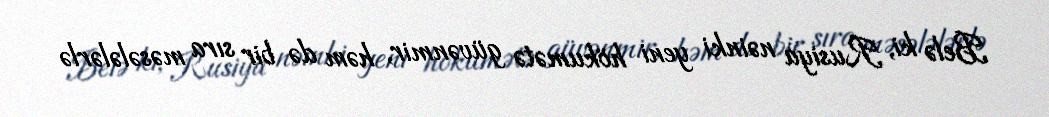
Belə ki, Rusiya nəinki yeni hökumətə güvənmir, həm də bir sıra məsələlərlə